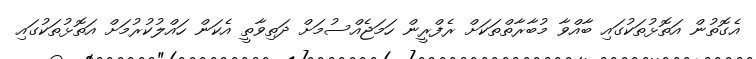
އެގޮތުން އަތޮޅުތަކުގައި ބާއްވާ މުބާރާތްތަކަށް ރެފްރީން ހަމަޖެއްސުމަށް ދަތިވާތީ އެކަން ހައްލުކުރުމަށް އަތޮޅުތަކުގައި